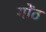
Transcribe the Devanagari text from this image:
गोंठ